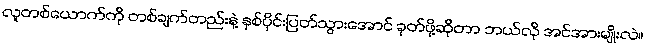
လူတစ်ယောက်ကို တစ်ချက်တည်းနဲ့ နှစ်ပိုင်းပြတ်သွားအောင် ခုတ်ဖို့ဆိုတာ ဘယ်လို အင်အားမျိုးလဲ။